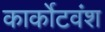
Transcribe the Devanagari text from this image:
कार्कोटवंश